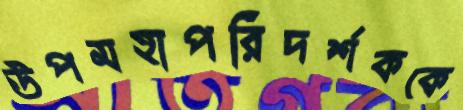
উপমহাপরিদর্শককে